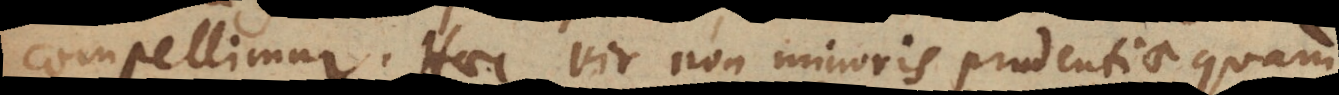
compellimur. Haec vir non minoris prudentiae quam